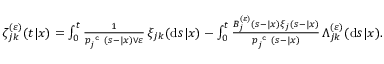
\begin{array} { r } { \zeta _ { j k } ^ { ( \varepsilon ) } ( t | x ) = \int _ { 0 } ^ { t } \frac { 1 } { p _ { j } ^ { \texttt { c } } ( s - | x ) \vee \varepsilon } \, \xi _ { j k } ( \mathrm { d } s | x ) - \int _ { 0 } ^ { t } \frac { B _ { j } ^ { ( \varepsilon ) } ( s - | x ) \xi _ { j } ( s - | x ) } { p _ { j } ^ { \texttt { c } } ( s - | x ) } \, \Lambda _ { j k } ^ { ( \varepsilon ) } ( \mathrm { d } s | x ) . } \end{array}